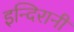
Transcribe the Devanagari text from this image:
इन्दिरानी